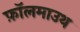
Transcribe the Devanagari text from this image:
फ़ॉलमाउथ